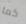
كما